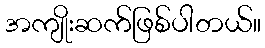
အကျိုးဆက်ဖြစ်ပါတယ်။